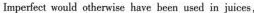
Imperfect would othenwise have been used in juices,